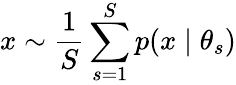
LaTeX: x\sim\frac{1}{S}\sum_{s=1}^{S}p(x\mid\theta_{s})